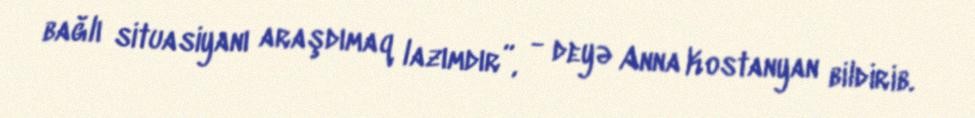
bağlı situasiyanı araşdımaq lazımdır”, - deyə Anna Kostanyan bildirib.